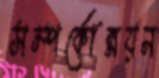
সম্পর্কোন্নয়ন